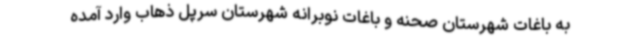
به باغات شهرستان صحنه و باغات نوبرانه شهرستان سرپل ذهاب وارد آمده